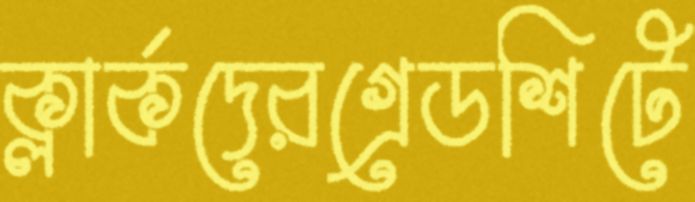
ক্লার্কদেরগ্রেডশিটে